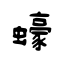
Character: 蠔